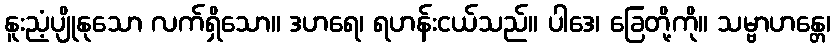
နူးညံ့ပျိုနုသော လက်ရှိသော။ ဒဟရေ၊ ရဟန်းငယ်သည်။ ပါဒေ၊ ခြေတို့ကို။ သမ္ဗာဟန္တေ၊